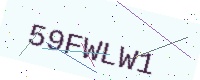
Text: 59FWLW1